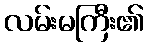
လမ်းမကြီး၏